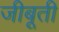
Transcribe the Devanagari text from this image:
जीबूती